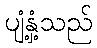
ပျံ့နှံ့သည်